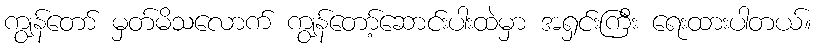
ကျွန်တော် မှတ်မိသလောက် ကျွန်တော့်ဆောင်းပါးထဲမှာ အရှင်းကြီး ရေးထားပါတယ်။